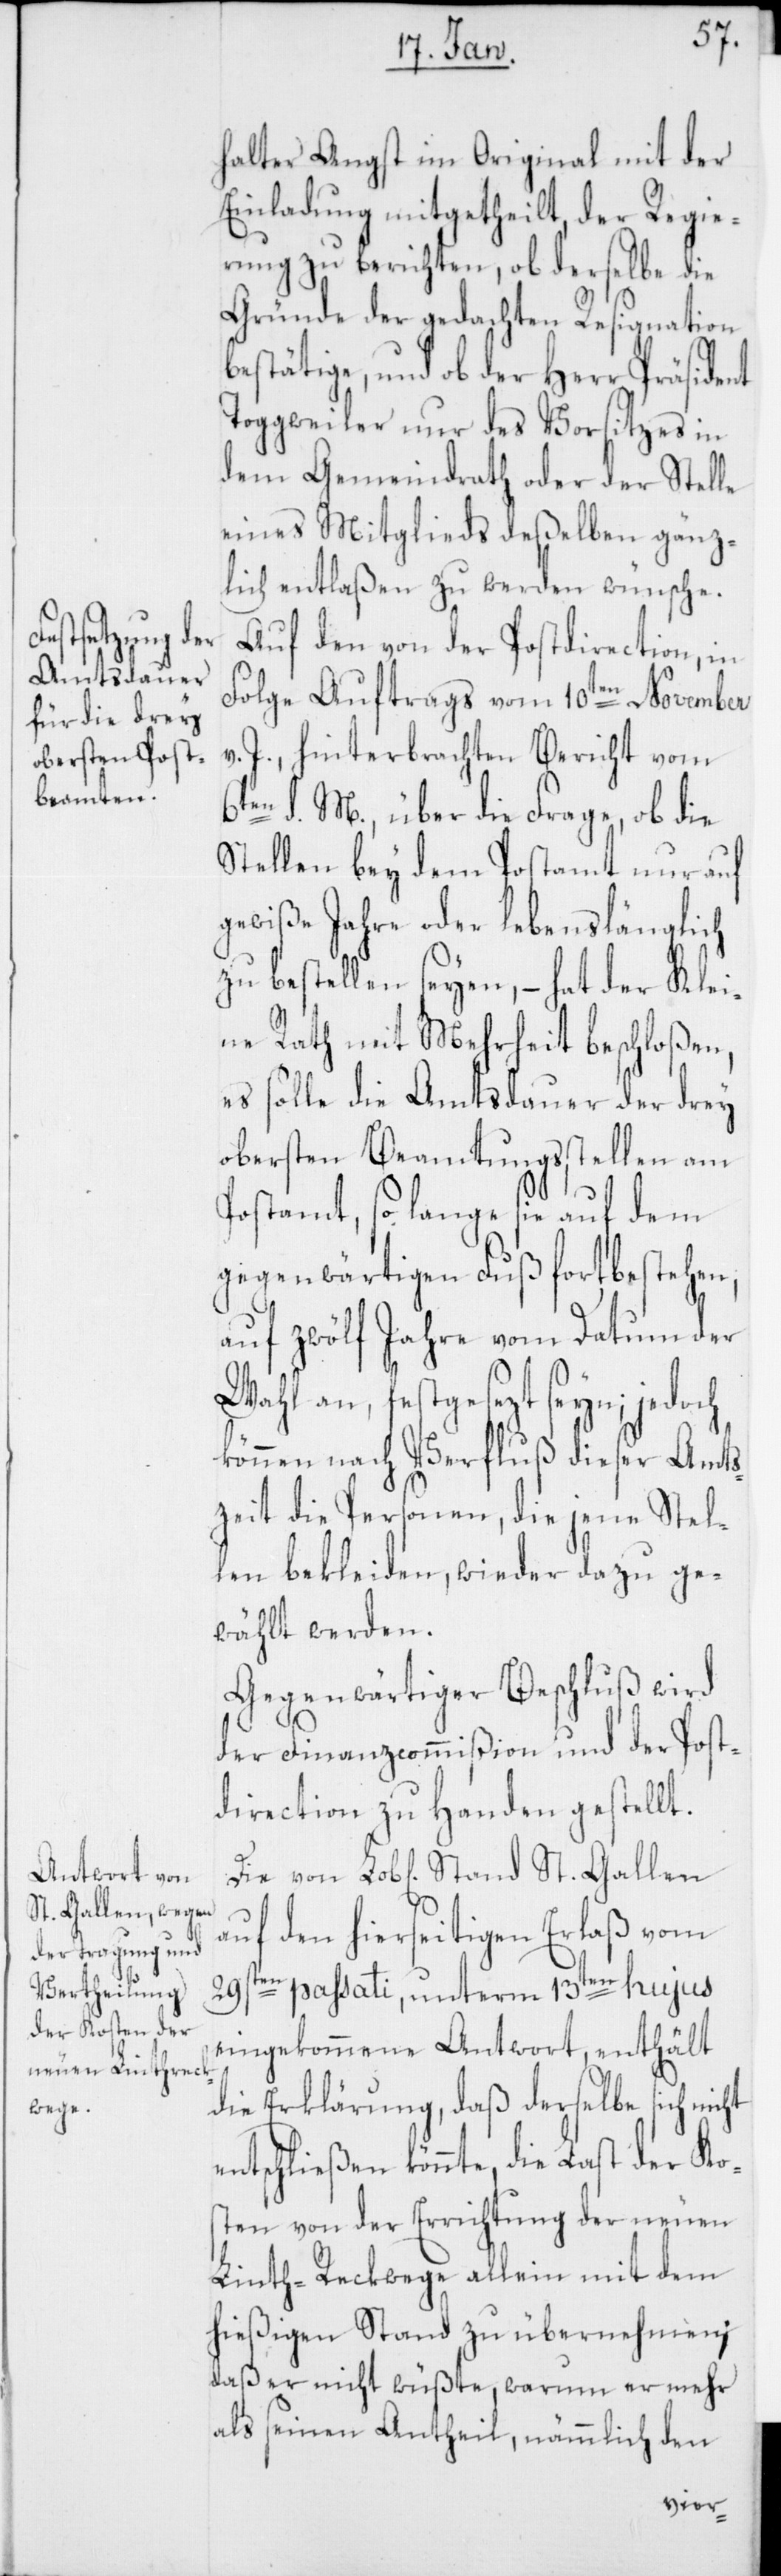
e¬
halter Angst im Original mit der
Einladung mitgetheilt, der Regie¬
rung zu berichten, ob derselbe die
Gründe der gedachten Resignation
bestätige, und ob der Herr Präsident
Toggweiler nur des Vorsitzes in
dem Gemeindrath oder der Stelle
eines Mitglieds deßelben gänz¬
lich entlaßen zu werden wünsche.
Auf den von der Postdirection, in
Folge Auftrags vom 10ten November
v. J., hinterbrachten Bericht vom
d. M., über die Frage, ob die
Stellen bey dem Postamt nur auf
gewiße Jahre oder lebenslänglich
zu bestellen seyen, – hat der Klei¬
ne Rath mit Mehrheit beschloßen,
es solle die Amtsdauer der drey
obersten Beamtungsstellen am
Postamt, so lange sie auf dem
gegenwärtigen Fuß fortbestehen,
auf zwölf Jahre vom Datum der
Wahl an, festgesezt seyn; jedoch
können nach Verfluß dieser Amts¬
zeit die Personen, die jene Stel¬
len bekleiden, wieder dazu ge¬
wählt werden.
Gegenwärtiger Beschluß wird
der Finanzcommißion und der Post¬
direction zu Handen gestellt.
auf den hierseitigen Erlaß vom
29sten passati, unterm 13ten hujus
eingekommene Antwort, enthält
die Erklärung, daß derselbe sich nicht
ntschließen könnte, die Last der Kos¬
ten von der Errichtung der neuen
Linth-Reckwege allein mit dem
hießigen Stand zu übernehmen;
daß er nicht wüßte, warum er mehr
als seinen Antheil, nämmlich den